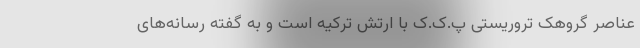
عناصر گروهک تروریستی پ.ک.ک با ارتش ترکیه است و به گفته رسانه‌های